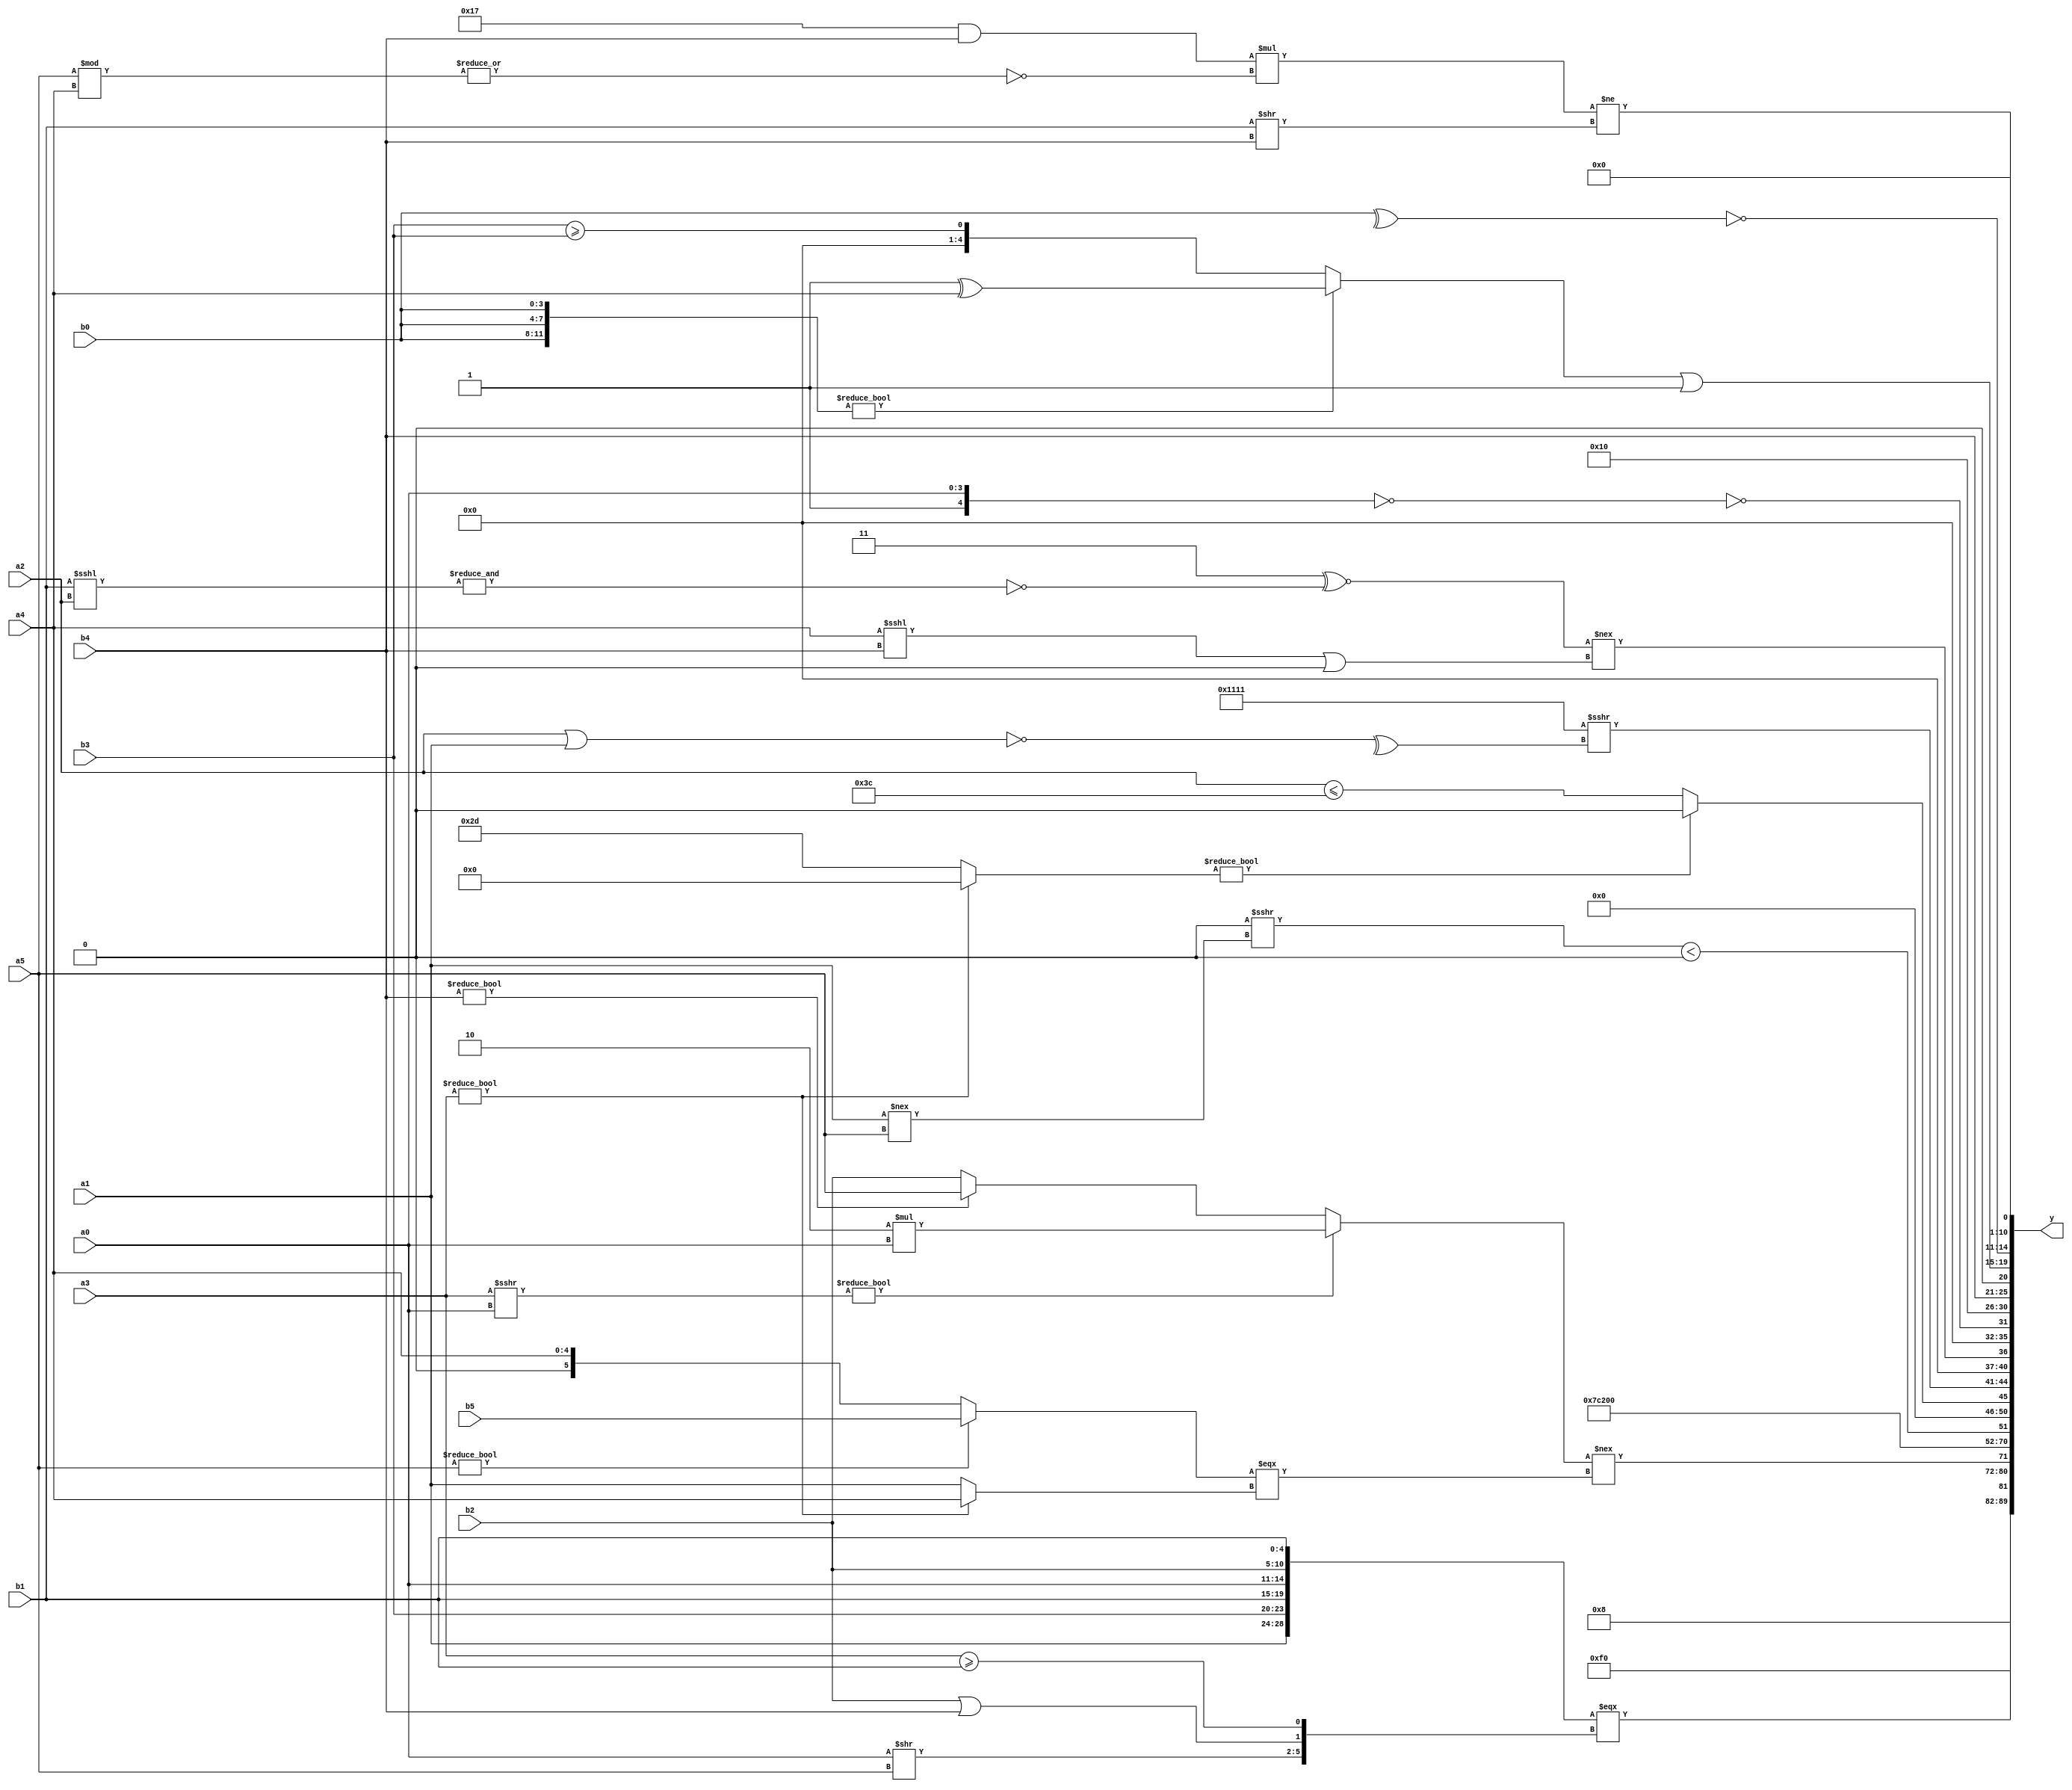
module expression_00826(a0, a1, a2, a3, a4, a5, b0, b1, b2, b3, b4, b5, y);
  input [3:0] a0;
  input [4:0] a1;
  input [5:0] a2;
  input signed [3:0] a3;
  input signed [4:0] a4;
  input signed [5:0] a5;

  input [3:0] b0;
  input [4:0] b1;
  input [5:0] b2;
  input signed [3:0] b3;
  input signed [4:0] b4;
  input signed [5:0] b5;

  wire [3:0] y0;
  wire [4:0] y1;
  wire [5:0] y2;
  wire signed [3:0] y3;
  wire signed [4:0] y4;
  wire signed [5:0] y5;
  wire [3:0] y6;
  wire [4:0] y7;
  wire [5:0] y8;
  wire signed [3:0] y9;
  wire signed [4:0] y10;
  wire signed [5:0] y11;
  wire [3:0] y12;
  wire [4:0] y13;
  wire [5:0] y14;
  wire signed [3:0] y15;
  wire signed [4:0] y16;
  wire signed [5:0] y17;

  output [89:0] y;
  assign y = {y0,y1,y2,y3,y4,y5,y6,y7,y8,y9,y10,y11,y12,y13,y14,y15,y16,y17};

  localparam [3:0] p0 = ((((4'd8)?(4'sd2):(3'd4))&&(5'sd5))?(-2'sd1):(((3'd1)*(-2'sd1))&((2'd0)===(-5'sd13))));
  localparam [4:0] p1 = (((|(~(5'sd3)))||(3'd5))<(2'd0));
  localparam [5:0] p2 = (^((~|({(-4'sd4)}==(3'd5)))=={(~{1{(5'd18)}}),{(3'd5),(3'sd1)}}));
  localparam signed [3:0] p3 = (&((5'sd11)!==(+(((-5'sd14)===(-2'sd1))>=(|(~(2'd2)))))));
  localparam signed [4:0] p4 = ((-((2'sd1)^~(-3'sd1)))^~((3'sd0)<<<(-3'sd0)));
  localparam signed [5:0] p5 = (+{((~^(2'd1))!==(~|(4'sd1))),{(^(~|(-(-4'sd4))))},{{{(3'd0),(2'd2)}}}});
  localparam [3:0] p6 = (3'd2);
  localparam [4:0] p7 = {((|(4'd2 * (3'd3)))^~(+{(3'd1),(-5'sd13),(2'd3)}))};
  localparam [5:0] p8 = ((4'd3)^(-4'sd1));
  localparam signed [3:0] p9 = ({(4'd11),(5'd22),(4'd0)}^{(3'sd2)});
  localparam signed [4:0] p10 = ((((3'd4)<<<(-4'sd0))^((5'sd0)!=(3'd2)))!=(((2'd0)|(3'd4))&((4'd15)&(2'sd1))));
  localparam signed [5:0] p11 = {2{{2{{3{(5'd13)}}}}}};
  localparam [3:0] p12 = {{(2'sd1),(3'd5)}};
  localparam [4:0] p13 = ({3{((3'd7)?(4'sd7):(3'd1))}}|{{2{(2'd0)}},{{4{(5'd16)}}}});
  localparam [5:0] p14 = (((-3'sd3)||(3'sd0))?((2'd2)<<(3'd0)):(!(3'd1)));
  localparam signed [3:0] p15 = (-3'sd3);
  localparam signed [4:0] p16 = {3{((6'd2 * (5'd22))>>{2{(-2'sd1)}})}};
  localparam signed [5:0] p17 = (((5'd3)%(5'd25))?(((2'd0)&(-5'sd9))?(3'd7):((5'sd15)&(-5'sd13))):(-((4'd10)&&((3'sd1)!==(2'sd1)))));

  assign y0 = (~(({1{p17}}<(!p6))-(&(p3&p3))));
  assign y1 = (+({{a1,b3,b1},{a0,b2},$unsigned(b1)}===({{(a0>>a5),(b2||b4),(a3>=b1)}})));
  assign y2 = (~&(!(5'd16)));
  assign y3 = (((a3>>>a0)?(5'd2 * a0):(b4?a5:b2))!==((a5?b5:a4)===(a3?a4:a1)));
  assign y4 = (-(2'sd1));
  assign y5 = (4'd2);
  assign y6 = {1{(!(|{4{{2{p11}}}}))}};
  assign y7 = $unsigned((((p1<p1)>>>(a1!==a5))<($unsigned((p2))<<(p13%p9))));
  assign y8 = ((a3?p16:p11)?(b1>>p7):(a2<=p8));
  assign y9 = {(~|($signed((b3!==b5))>{(a2&&p16),(p6>>>a1)})),({1{{1{{4{p3}}}}}}>>>$unsigned((^(~(a2|a1)))))};
  assign y10 = (((2'd3)^~(~&(b1<<<a2)))!==((+(a4<<<b4))|(&(~|(4'sd2)))));
  assign y11 = {{{p13},(-p4),(p10<=p1)},({(p8<p4)}==(~{p10,a0})),(~^{(~&(~&(p4+p15)))})};
  assign y12 = {(~&{1{(~^(-p15))}})};
  assign y13 = (p7?b4:p16);
  assign y14 = (({3{b0}}?(p10^a4):(b3>=b3))|(2'd1));
  assign y15 = (~(^(^b0)));
  assign y16 = (5'd2 * (!$unsigned(p9)));
  assign y17 = (((p13&&b4)*(~|(a5%a4)))!=((b1>>b4)>>>(~^(p8^p6))));
endmodule